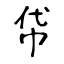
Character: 帒